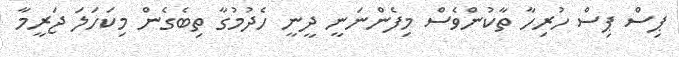
ޕިސް ޕިސް ހުރިހާ ތާކުންވެސް މިފެންނަނީ ދީނީ ހެދުމުގާ ތިބެގެން މިކަހަލަ ޖަރީމާ